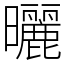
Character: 曬